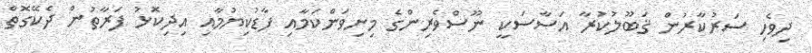
ދިވެހި ސަރުކާރުން ޤަބޫލުކުރާ އަސާސަކީ ނޫސްވެރިންގެ މިނިވަންކަމާއި ފާޑުކިޔުމާއި އިދިކޮޅު ފަރާތުން ދެކޭގޮތް